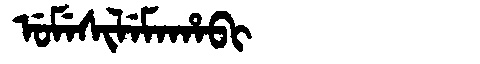
Manchu: ᡠᠮᡝᠰᡳᠯᡝᠮᠠᡥᠠᠪᡳ
Romanization: UMESILEMAHABI